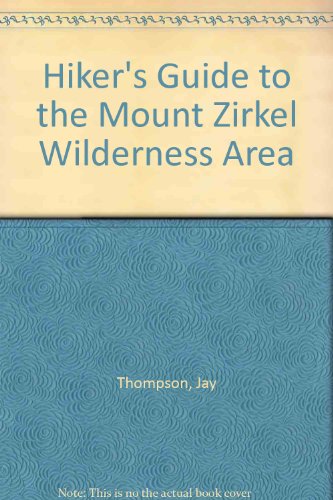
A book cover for Hiker's Guide to the Mount Zirkel Wilderness Area: With Attitional Trails in the Routt National Forest (The Pruett Series); Thompson Jay; Travel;